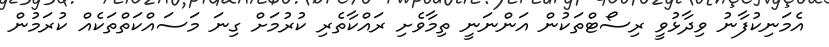
އެމަނިކުފާނު ވިދާޅުވީ ރިސޯޓްތަކުން އަންނަނީ ތިމާވެށި ރައްކާތެރި ކުރުމަށް ގިނަ މަސައްކަތްތަކެއް ކުރަމުން